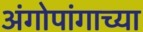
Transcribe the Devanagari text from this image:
अंगोपांगाच्या